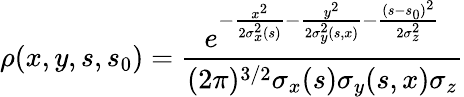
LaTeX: \rho(x,y,s,s_{0})=\frac{e^{-\frac{x^{2}}{2\sigma_{x}^{2}(s)}-\frac{y^{2}}{2\sigma_{y}^{2}(s,x)}-\frac{(s-s_{0})^{2}}{2\sigma_{z}^{2}}}}{(2\pi)^{3/2}\sigma_{x}(s)\sigma_{y}(s,x)\sigma_{z}}